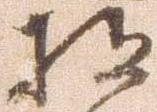
将